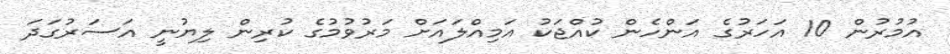
އުމުރުން 10 އަހަރުގެ އަންހެން ކުއްޖަކު އަމިއްލައަށް މަރުވުމުގެ ކުރިން ލިޔުނީ އަސަރުގަދަ